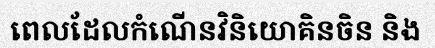
ពេលដែលកំណើនវិនិយោគិនចិន និង